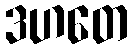
ဒဟတေ